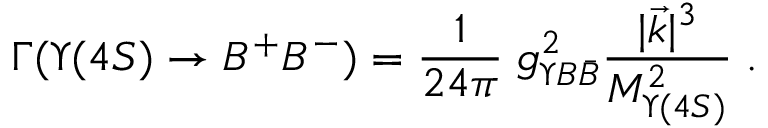
\Gamma ( \Upsilon ( 4 S ) \to B ^ { + } B ^ { - } ) = \frac { 1 } { 2 4 \pi } \; g _ { \Upsilon B \bar { B } } ^ { 2 } \frac { | \vec { k } | ^ { 3 } } { M _ { \Upsilon ( 4 S ) } ^ { 2 } } \; .